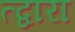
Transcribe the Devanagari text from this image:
त्द्वारा